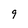
Character: 9